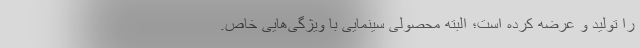
را تولید و عرضه کرده است؛ البته محصولی سینمایی با ویژگی‌هایی خاص.